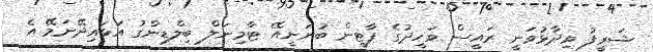
ޝަރީފު ވިދާޅުވަނީ ރައީސް ވަހީދުގެ ޕާޓީން ބުނަނީއޭ ޓާމިނަލް ބިލްޑިންގު އަޅައިދޭނަމޭ އެ